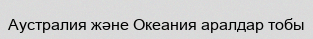
Аустралия және Океания аралдар тобы